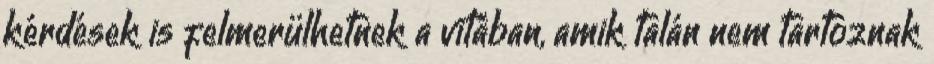
kérdések is felmerülhetnek a vitában, amik talán nem tartoznak